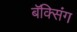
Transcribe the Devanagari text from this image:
बॅक्सिंग